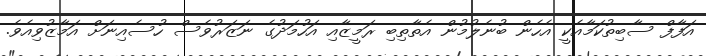
އަފާފް ސާބިތުކަމާއެކީ އެހެން ބުނެލުމުން އެތާތިބި ރަމީޒާއި އަހުމަދުގެ ނަޒަރުވެސް ހުސެއިނަށް އަމާޒުވިއެވެ.